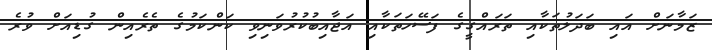
ޒަމާނަށް އައި ބަދަލުތަކާއި ތަރައްގީގެ ފަސޭހަތަކާއި އަޖާއިބުކުރުވަނިވި ކަންކަމުގެ ތެރެއިން ގުޑިއަށް ވުރެ